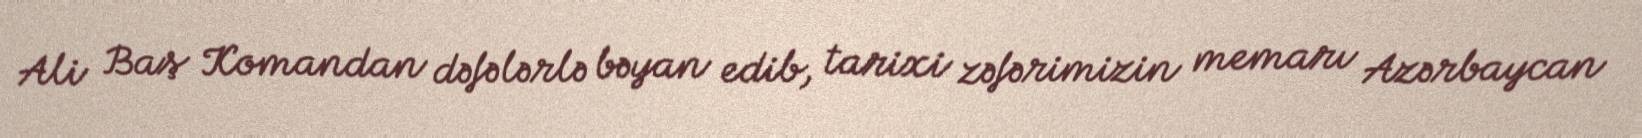
Ali Baş Komandan dəfələrlə bəyan edib, tarixi zəfərimizin memarı Azərbaycan